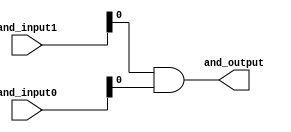
/* Generated by Yosys 0.28+1 (git sha1 a9c792dce, clang 10.0.0-4ubuntu1 -fPIC -Os) */

(* hdlname = "\\\\and32x1x16" *)
(* top =  1  *)
(* src = "and32x1x16.v:3.1-12.10" *)
module and32x1x16(and_input0, and_input1, and_output);
  (* src = "and32x1x16.v:4.18-4.28" *)
  wire _0_;
  (* src = "and32x1x16.v:5.18-5.28" *)
  wire _1_;
  (* src = "and32x1x16.v:6.17-6.27" *)
  wire _2_;
  wire _3_;
  (* src = "and32x1x16.v:4.18-4.28" *)
  input [15:0] and_input0;
  wire [15:0] and_input0;
  (* src = "and32x1x16.v:5.18-5.28" *)
  input [15:0] and_input1;
  wire [15:0] and_input1;
  (* src = "and32x1x16.v:6.17-6.27" *)
  output and_output;
  wire and_output;
  assign _3_ = ~(_1_ & _0_);
  assign _2_ = ~_3_;
  assign _1_ = and_input1[0];
  assign _0_ = and_input0[0];
  assign and_output = _2_;
endmodule